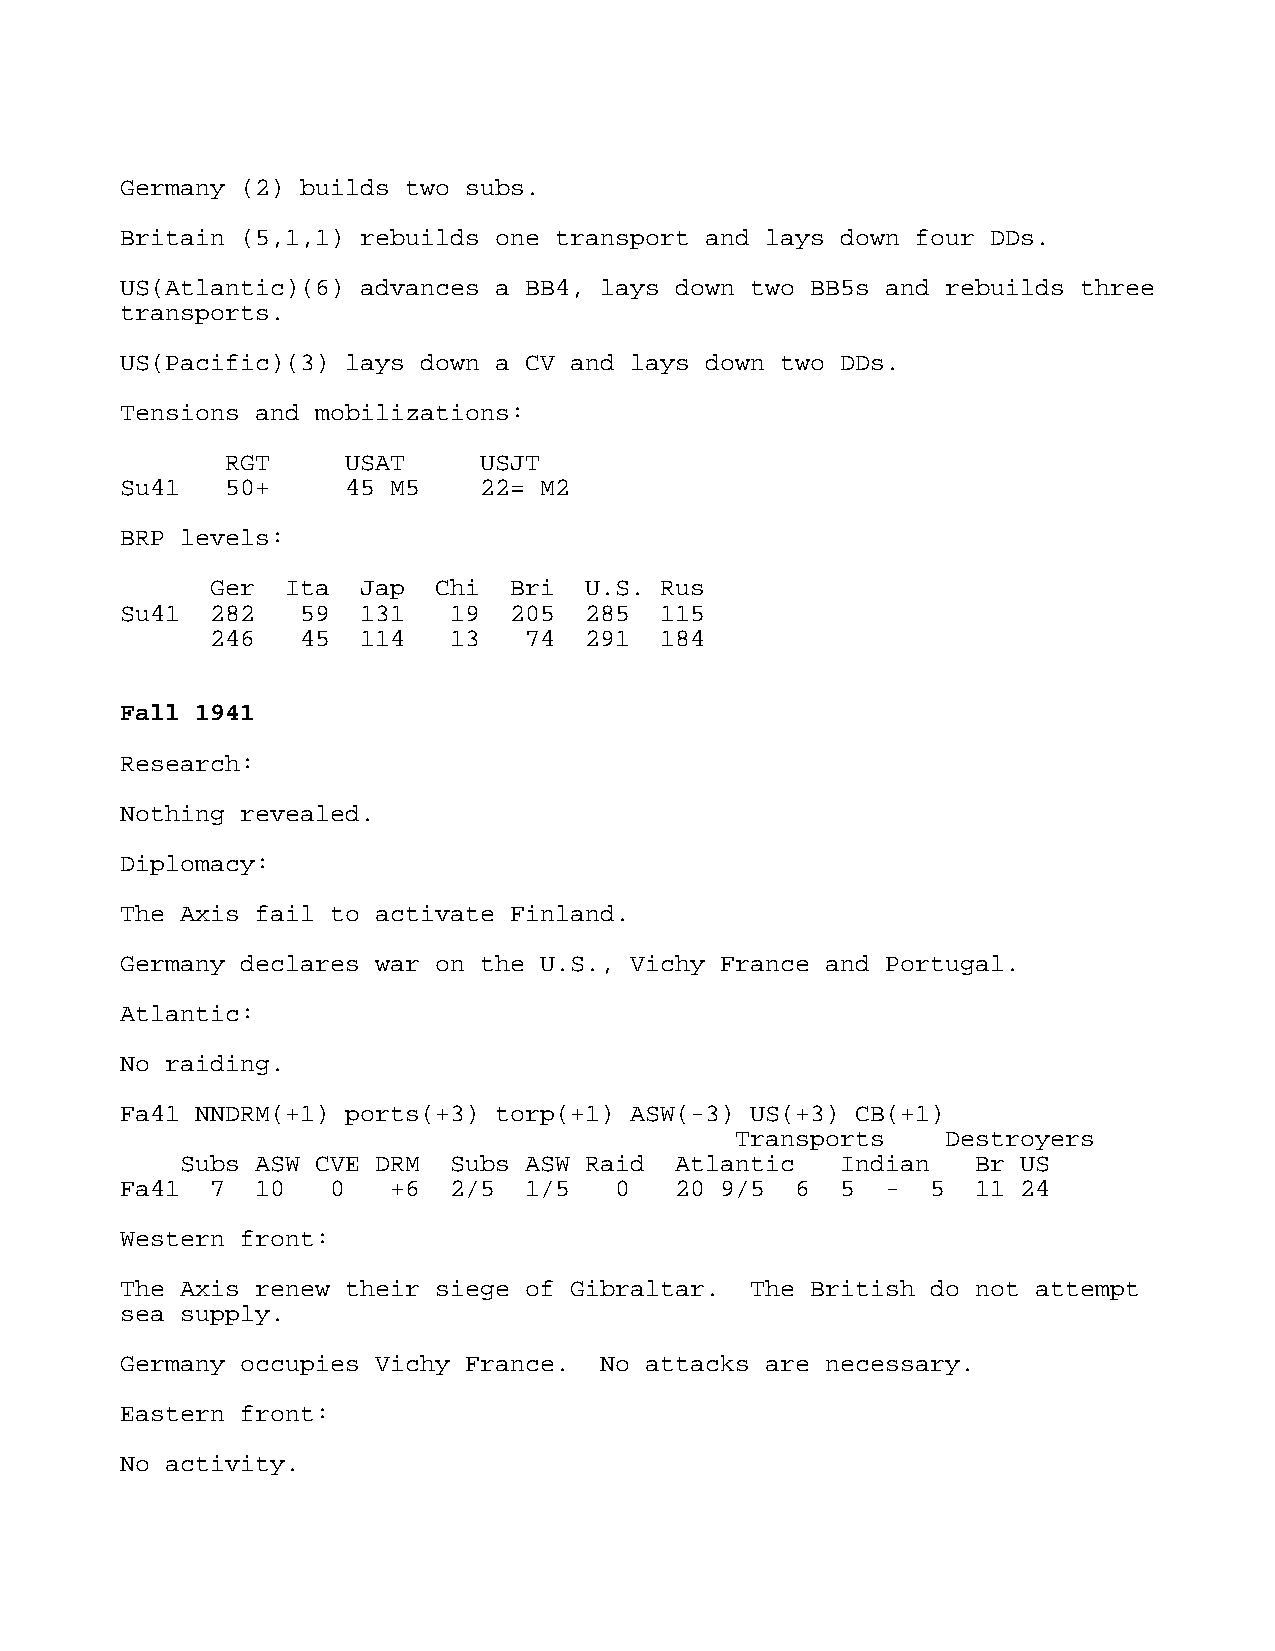
Germany (2) builds two subs.
 Britain (5,1,1) rebuilds one transport and lays down four DDs.
 US(Atlantic)(6) advances a BB4, lays down two BB5s and rebuilds three
 transports.
 US(Pacific)(3) lays down a CV and lays down two DDs.
 Tensions and mobilizations:
 RGT     USAT     USJT
 Su41   50+     45 M5    22= M2
 BRP levels:
 Ger  Ita  Jap  Chi  Bri  U.S. Rus
 Su41  282   59  131   19  205  285  115
 246   45  114   13   74  291  184
 Fall 1941
 Research:
 Nothing revealed.
 Diplomacy:
 The Axis fail to activate Finland.
 Germany declares war on the U.S., Vichy France and Portugal.
 Atlantic:
 No raiding.
 Fa41 NNDRM(+1) ports(+3) torp(+1) ASW(-3) US(+3) CB(+1)
 Transports    Destroyers
 Subs ASW CVE DRM  Subs ASW Raid  Atlantic   Indian   Br US
 Fa41  7  10   0   +6  2/5  1/5   0   20 9/5  6  5  -  5  11 24
 Western front:
 The Axis renew their siege of Gibraltar.  The British do not attempt
 sea supply.
 Germany occupies Vichy France.  No attacks are necessary.
 Eastern front:
 No activity.